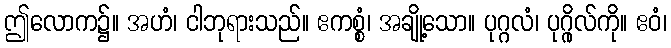
ဤလောက၌။ အဟံ၊ ငါဘုရားသည်။ ဧကစ္စံ၊ အချို့သော။ ပုဂ္ဂလံ၊ ပုဂ္ဂိုလ်ကို။ ဧဝံ၊